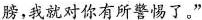
膀，我就对你有所警惕了。”